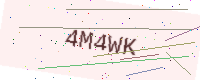
Text: 4M4WK